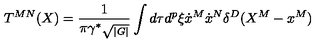
T ^ { M N } ( X ) = { \frac { 1 } { \pi \gamma ^ { \ast } \sqrt { _ { | G | } } } } \int d \tau d ^ { p } \xi \dot { x } ^ { M } \dot { x } ^ { N } \delta ^ { D } ( X ^ { M } - x ^ { M } )